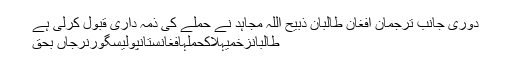
دوری جانب ترجمان افغان طالبان ذبیح اللہ مجاہد نے حملے کی ذمہ داری قبول کرلی ہے
طالبانزخمیہلاکحملہافغانستانپولیسگورنرجاں بحق